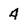
Character: 4